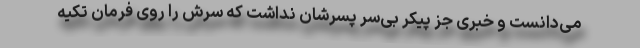
می‌دانست و خبری جز پیکر بی‌سر پسرشان نداشت که سرش را روی فرمان تکیه